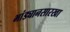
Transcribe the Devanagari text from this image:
भांड्यानसारखा